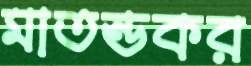
মাতন্ডকর